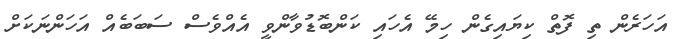
އަހަރެން ތި ފޮތް ކިޔައިގެން ހިމޭ އެހައި ކަންބޮޑުވާންވީ އެއްވެސް ސަބަބެއް އަހަންނަކަށް